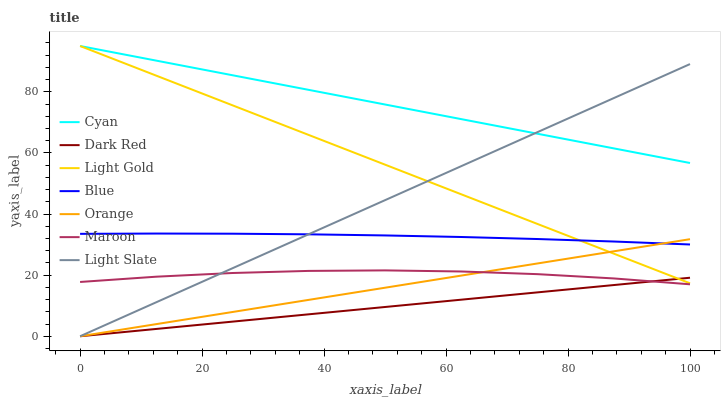
| xaxis_label | Cyan | Dark Red | Light Gold | Blue | Orange | Maroon | Light Slate |
 | --- | --- | --- | --- | --- | --- | --- | --- |
 | 0 | 95 | 0 | 95 | 33.5 | 0 | 17.8 | 0 |
 | 12.5 | 90.2 | 2.39 | 85.3 | 33.6 | 3.97 | 19.5 | 11.1 |
 | 25 | 85.4 | 4.79 | 75.6 | 33.6 | 7.94 | 20.7 | 22.3 |
 | 37.5 | 80.6 | 7.18 | 65.9 | 33.4 | 11.9 | 21.4 | 33.4 |
 | 50 | 75.9 | 9.58 | 56.2 | 33 | 15.9 | 21.6 | 44.5 |
 | 62.5 | 71.1 | 12 | 46.5 | 32.5 | 19.9 | 21.2 | 55.7 |
 | 75 | 66.3 | 14.4 | 36.7 | 31.8 | 23.8 | 20.3 | 66.8 |
 | 87.5 | 61.5 | 16.8 | 27 | 31 | 27.8 | 18.9 | 78 |
 | 100 | 56.7 | 19.2 | 17.3 | 30 | 31.8 | 17 | 89.1 |